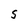
Character: S